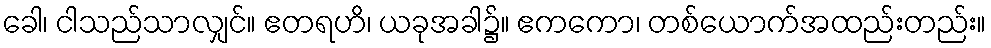
ခေါ၊ ငါသည်သာလျှင်။ ဧတရဟိ၊ ယခုအခါ၌။ ဧကကော၊ တစ်ယောက်အထည်းတည်း။